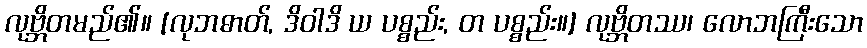
လုဗ္ဘိတမည်၏။ [လုဘဓာတ်, ဒိဝါဒိ ယ ပစ္စည်း, တ ပစ္စည်း။] လုဗ္ဘိတဿ၊ လောဘကြီးသော